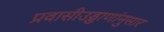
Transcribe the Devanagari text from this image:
प्रवासीउड्डाणांनुसार